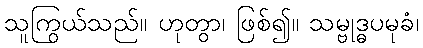
သူကြွယ်သည်။ ဟုတွာ၊ ဖြစ်၍။ သမ္ဗုဒ္ဓပမုခံ၊